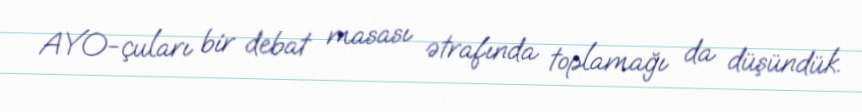
AYO-çuları bir debat masası ətrafında toplamağı da düşündük.